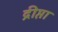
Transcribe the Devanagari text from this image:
द्रीप्ता